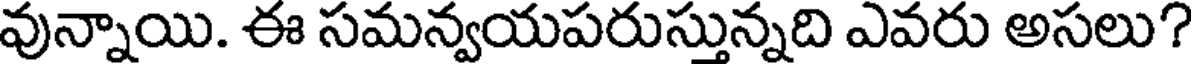
వున్నాయి. ఈ సమన్వయపరుస్తున్నది ఎవరు అసలు?